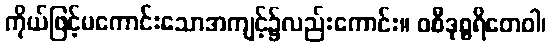
ကိုယ်ဖြင့်မကောင်းသောအကျင့်၌လည်းကောင်း။ ဝစီဒုစ္စရိတေဝါ၊